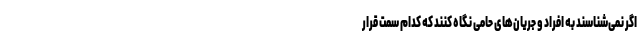
اگر نمی‌شناسند به افراد و جریان‌های حامی نگاه کنند که کدام سمت قرار